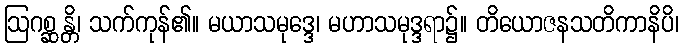
ဩဂစ္ဆန္တိ၊ သက်ကုန်၏။ မယာသမုဒ္ဒေ၊ မဟာသမုဒ္ဒရာ၌။ တိယောဇနသတိကာနိပိ၊